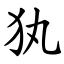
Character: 犱